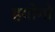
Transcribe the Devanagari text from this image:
हयोगो